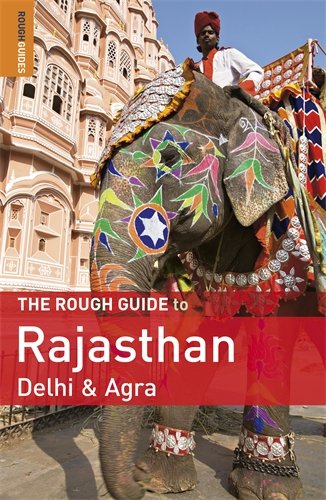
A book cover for The Rough Guide to Rajasthan, Delhi & Agra (Rough Guides); Gavin Thomas; Travel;